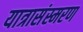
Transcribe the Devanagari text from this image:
यात्रासंस्मरण